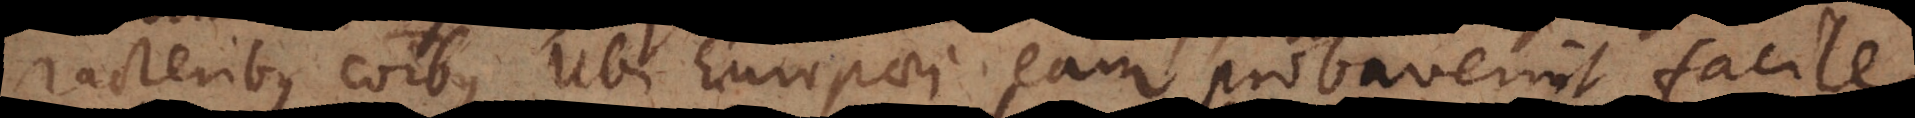
racteribus communibus. Ubi Europaei eam probaverint facile